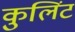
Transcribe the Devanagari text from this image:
कुलिंट